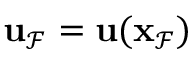
\mathbf { u } _ { \mathcal { F } } = \mathbf { u } ( \mathbf { x } _ { \mathcal { F } } )